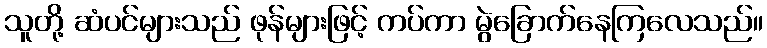
သူတို့ ဆံပင်များသည် ဖုန်များဖြင့် ကပ်ကာ မွဲခြောက်နေကြလေသည်။